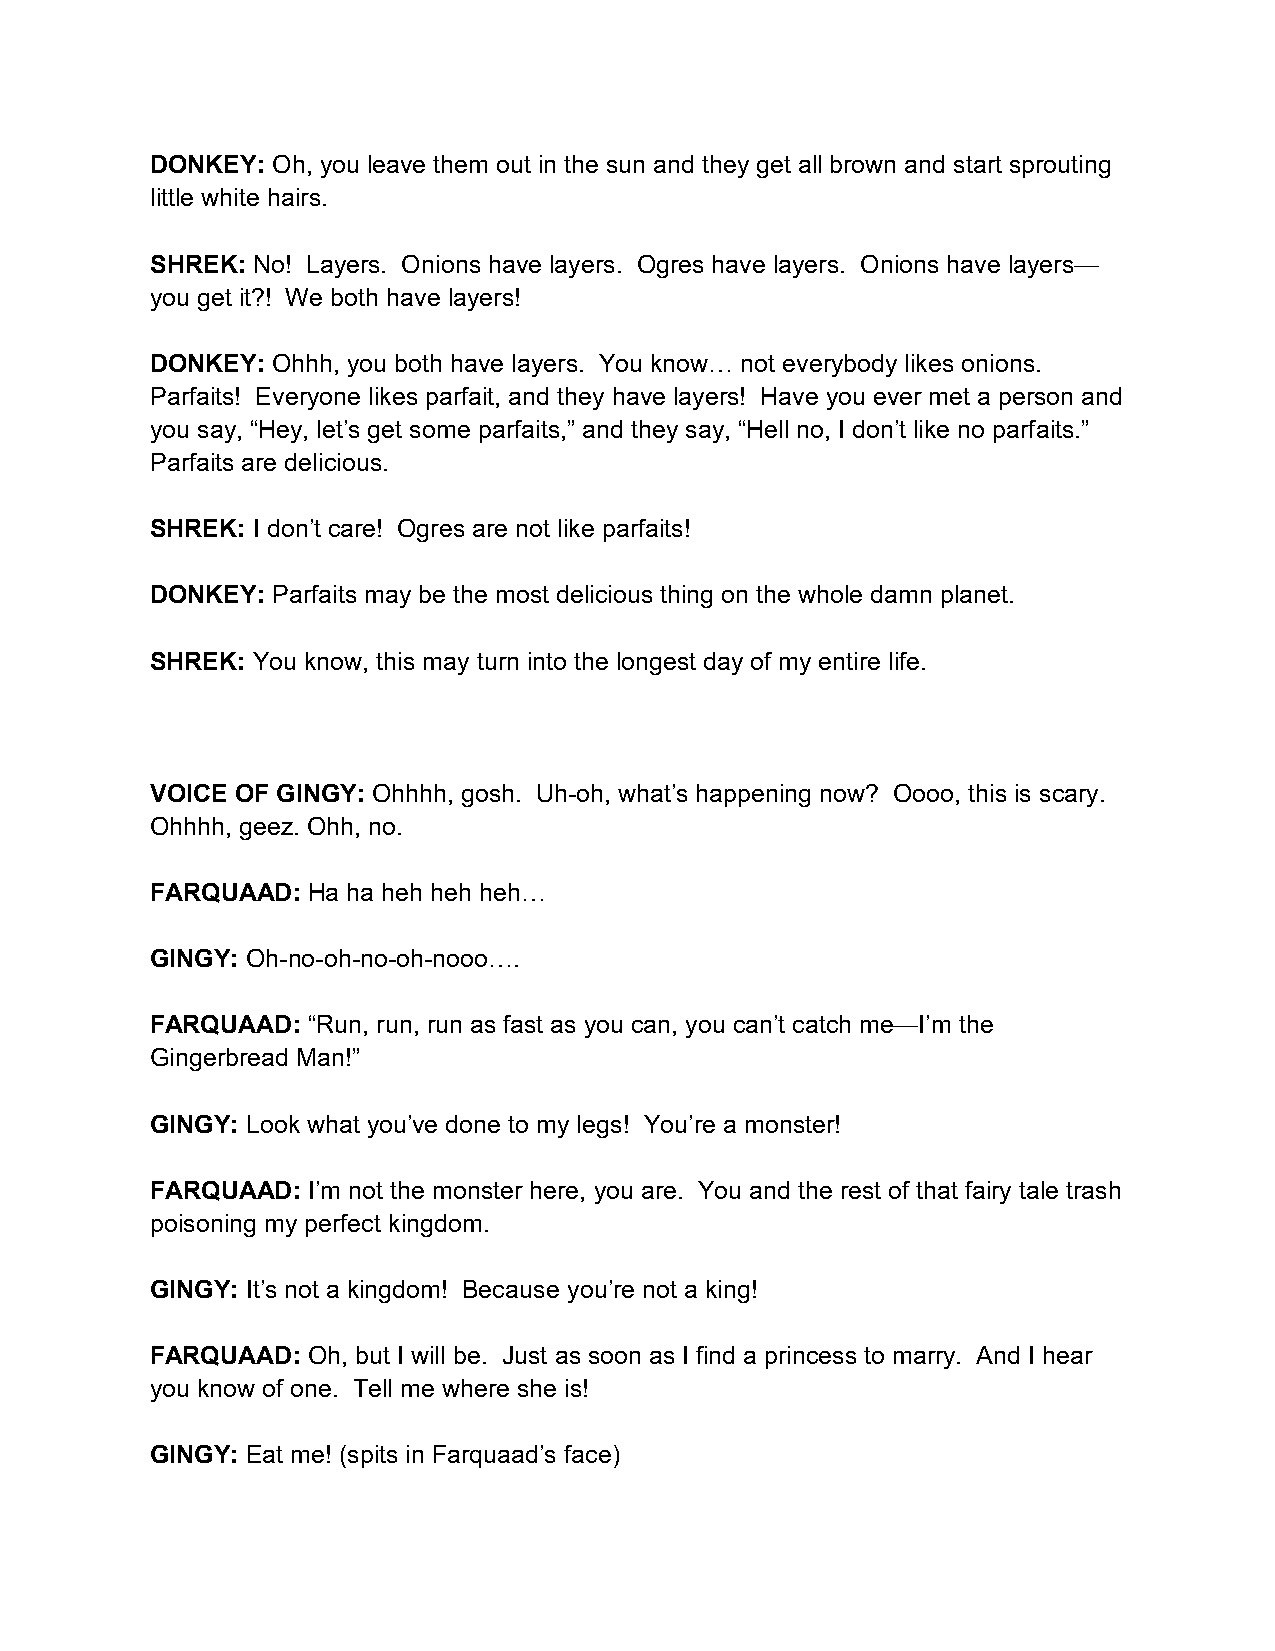
DONKEY: Oh, you leave them out in the sun and they get all brown and start sprouting
 little white hairs.
 SHREK: No! Layers. Onions have layers. Ogres have layers. Onions have layers—
 you get it?! We both have layers!
 DONKEY: Ohhh, you both have layers. You know… not everybody likes onions.
 Parfaits! Everyone likes parfait, and they have layers! Have you ever met a person and
 you say, “Hey, let’s get some parfaits,” and they say, “Hell no, I don’t like no parfaits.”
 Parfaits are delicious.
 SHREK: I don’t care! Ogres are not like parfaits!
 DONKEY: Parfaits may be the most delicious thing on the whole damn planet.
 SHREK: You know, this may turn into the longest day of my entire life.
 VOICE OF GINGY: Ohhhh, gosh. Uh-oh, what’s happening now? Oooo, this is scary.
 Ohhhh, geez. Ohh, no.
 FARQUAAD: Ha ha heh heh heh…
 GINGY: Oh-no-oh-no-oh-nooo….
 FARQUAAD: “Run, run, run as fast as you can, you can’t catch me—I’m the
 Gingerbread Man!”
 GINGY: Look what you’ve done to my legs! You’re a monster!
 FARQUAAD: I’m not the monster here, you are. You and the rest of that fairy tale trash
 poisoning my perfect kingdom.
 GINGY: It’s not a kingdom! Because you’re not a king!
 FARQUAAD: Oh, but I will be. Just as soon as I find a princess to marry. And I hear
 you know of one. Tell me where she is!
 GINGY: Eat me! (spits in Farquaad’s face)